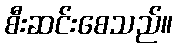
စီးဆင်းစေသည်။